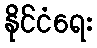
နိုင်ငံရေး